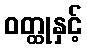
ဝတ္ထုနှင့်